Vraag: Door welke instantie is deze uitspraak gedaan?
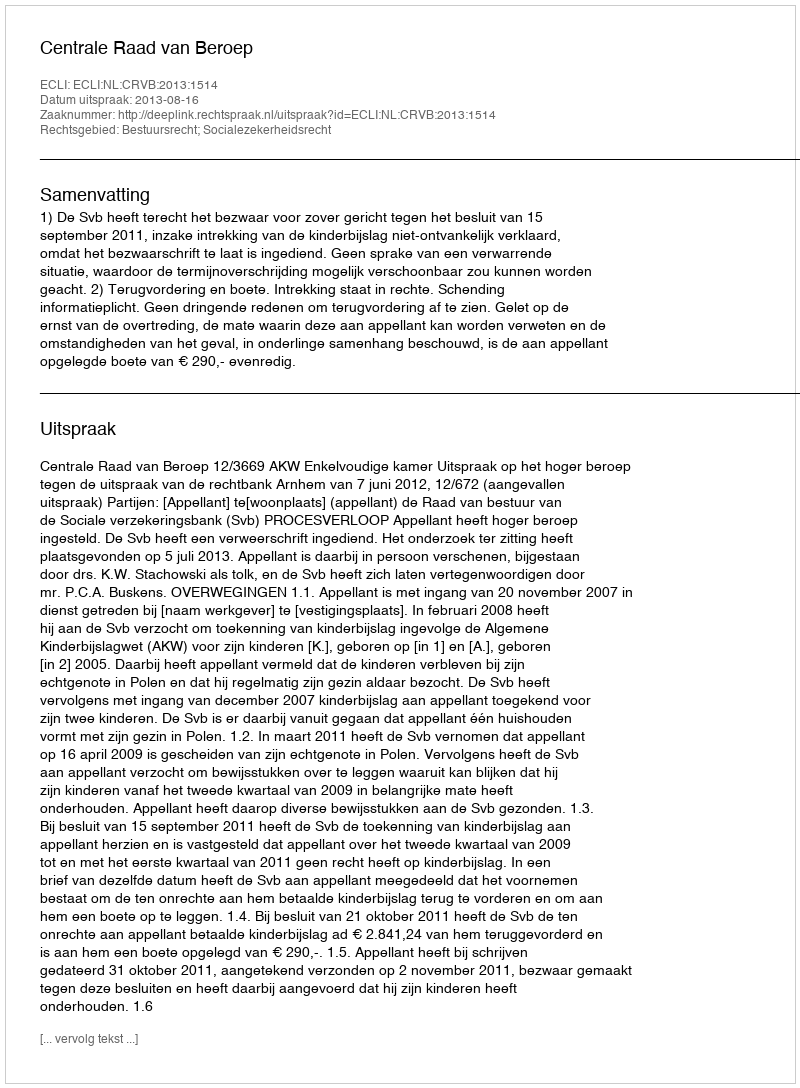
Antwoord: Centrale Raad van Beroep